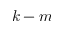
k - m